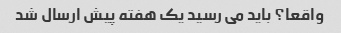
واقعا؟ باید می رسید یک هفته پیش ارسال شد